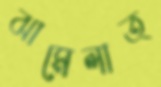
ঝামেলাত্